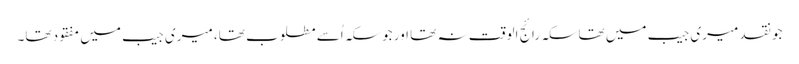
جو نقد میری جیب میں تھا سکہ رائج الوقت نہ تھا اور جو سکہ اُسے مطلوب تھا، میری جیب میں مفقود تھا۔